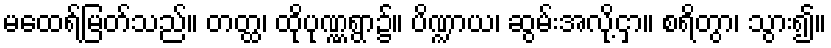
မထေရ်မြတ်သည်။ တတ္ထ၊ ထိုပုဏ္ဏရွာ၌။ ပိဏ္ဍာယ၊ ဆွမ်းအလို့ငှာ။ စရိတွာ၊ သွား၍။